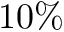
1 0 \%